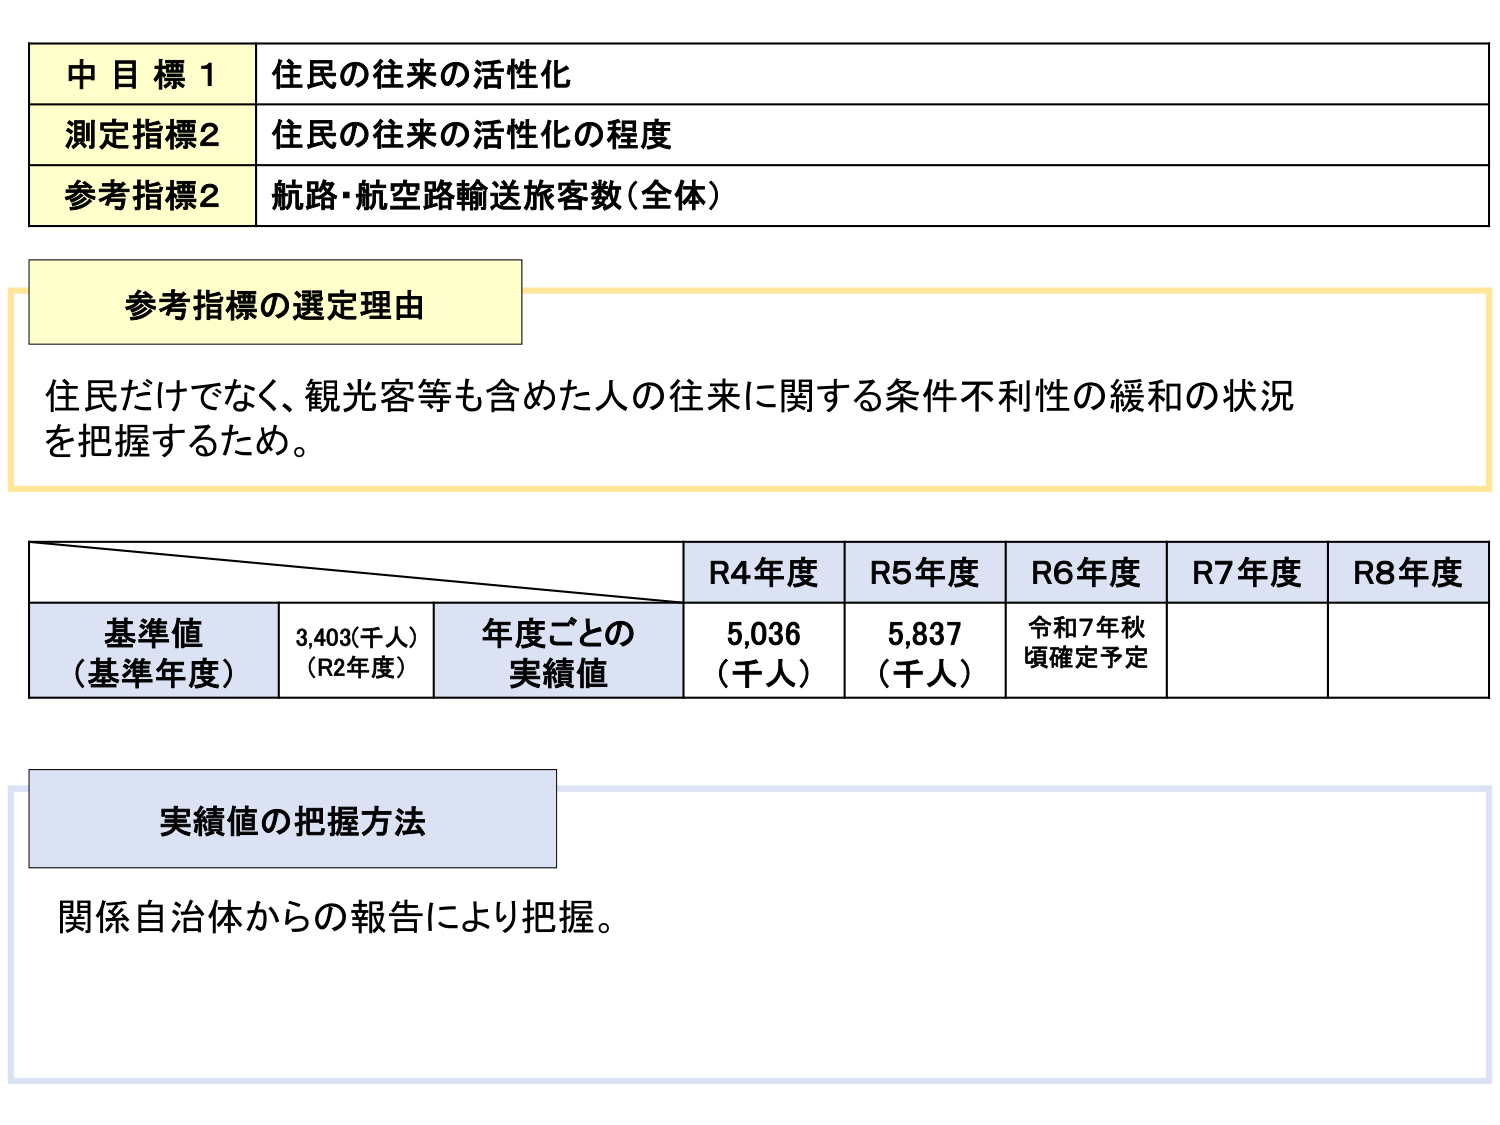
中目標1 住民の往来の活性化
測定指標2 住民の往来の活性化の程度
参考指標2 航路・航空路輸送旅客数（全体）

参考指標の選定理由
住民だけでなく、観光客等も含めた人の往来に関する条件不利性の緩和の状況を把握するため。

R4年度 R5年度 R6年度 R7年度 R8年度
基準値（基準年度） 3,403（千人）（R2年度） 年度ごとの実績値 5,036（千人） 5,837（千人） 令和7年秋頃確定予定

実績値の把握方法
関係自治体からの報告により把握。